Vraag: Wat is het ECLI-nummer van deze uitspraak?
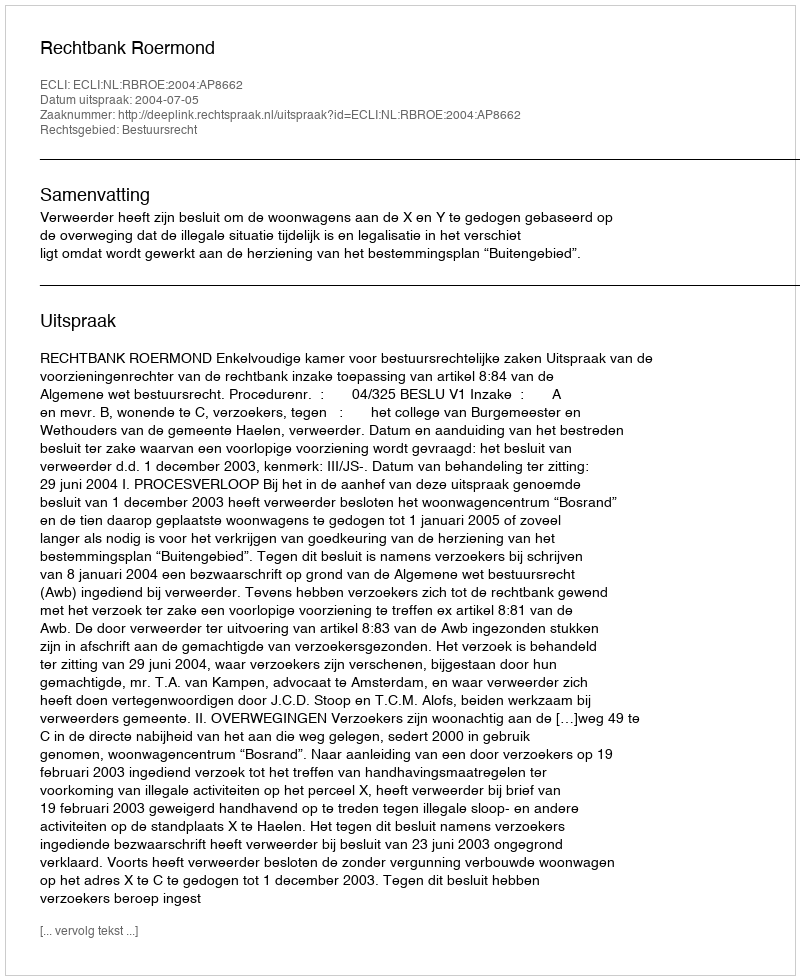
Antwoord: ECLI:NL:RBROE:2004:AP8662